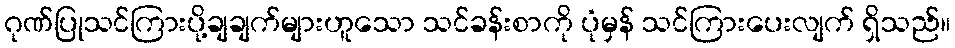
ဂုဏ်ပြုသင်ကြားပို့ချချက်များဟူသော သင်ခန်းစာကို ပုံမှန် သင်ကြားပေးလျက် ရှိသည်။